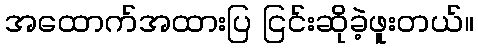
အထောက်အထားပြ ငြင်းဆိုခဲ့ဖူးတယ်။